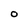
Character: O